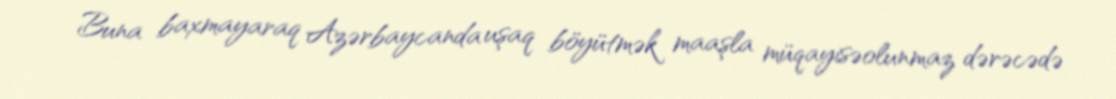
Buna baxmayaraq Azərbaycanda uşaq böyütmək maaşla müqayisəolunmaz dərəcədə